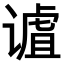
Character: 𫍹